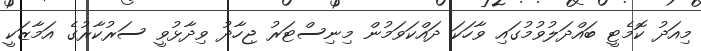
މިއަދު ކޮމެޓީ ބައްދަލުވުމުގައި ވާހަކަ ދައްކަވަމުން މިނިސްޓަރު ޖިހާދު ވިދާޅުވީ ސަރުކާރުގެ އަމާޒަކީ